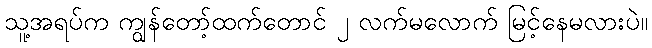
သူ့အရပ်က ကျွန်တော့်ထက်တောင် ၂ လက်မလောက် မြင့်နေမလားပဲ။